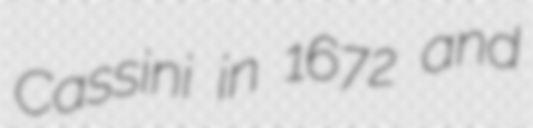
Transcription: Cassini in 1672 and